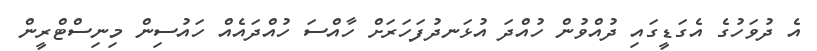
އެ ދުވަހުގެ އެގަޑީގައި ދުއްވުން ހުއްދަ އުޅަނދުފަހަރަށް ހާއްސަ ހުއްދައެއް ހައުސިން މިނިސްޓްރީން